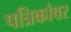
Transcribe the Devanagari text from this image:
पत्रिकांवर